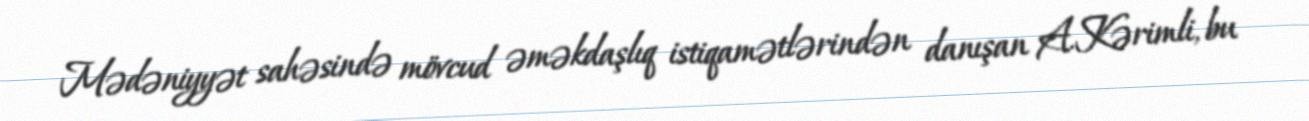
Mədəniyyət sahəsində mövcud əməkdaşlıq istiqamətlərindən danışan A.Kərimli, bu